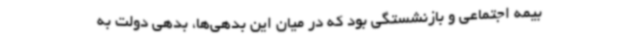
بیمه اجتماعی و بازنشستگی بود که در میان این بدهی‌ها، بدهی دولت به